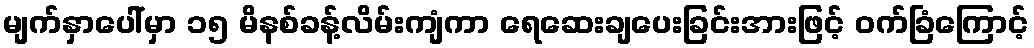
မျက်နှာပေါ်မှာ ၁၅ မိနစ်ခန့်လိမ်းကျံကာ ရေဆေးချပေးခြင်းအားဖြင့် ဝက်ခြံကြောင့်